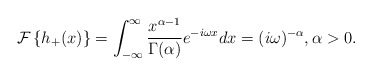
\begin{align*}\mathcal{F}\left\{ h_{+}(x)\right\} =\int_{-\infty}^{\infty}\frac{x^{\alpha-1}}{\Gamma(\alpha)}e^{-i\omega x}dx=(i\omega)^{-\alpha},\text{}\alpha>0.\end{align*}